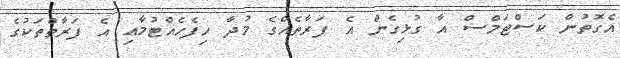
އެގޮތުން ކަސްޓަމްސް އާ ގުޅިގެން އެ ފަރާތެއްގެ މުދާ ހިފެހެއްޓުމާއި އެ ފަރާތްތަކުގެ